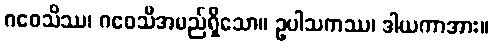
ဂဝေသိဿ၊ ဂဝေသီအမည်ရှိသော။ ဥပါသကဿ၊ ဒါယကာအား။